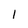
Character: 1